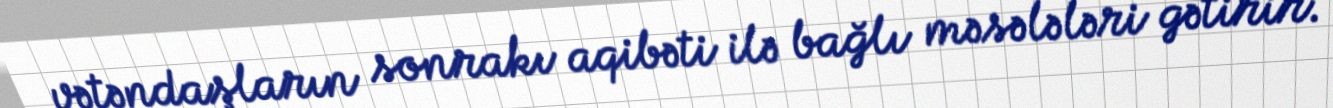
vətəndaşların sonrakı aqibəti ilə bağlı məsələləri gətirir.